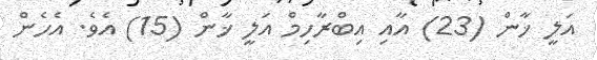
އަލީ ޚާން (23) އާއި އިބްރާހިމް އަލީ ޚާން (15) އެވެ. އެހެން